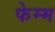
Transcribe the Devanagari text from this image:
फेम्म